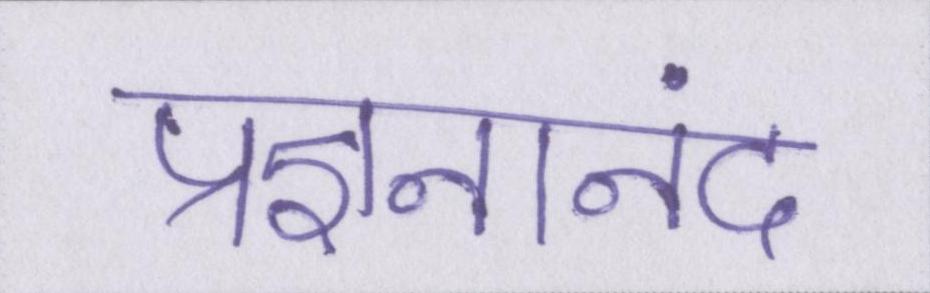
प्रज्ञनानंद